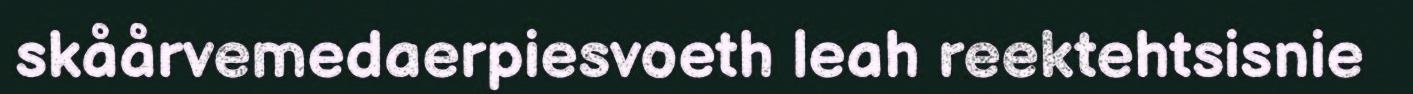
skåårvemedaerpiesvoeth leah reektehtsisnie